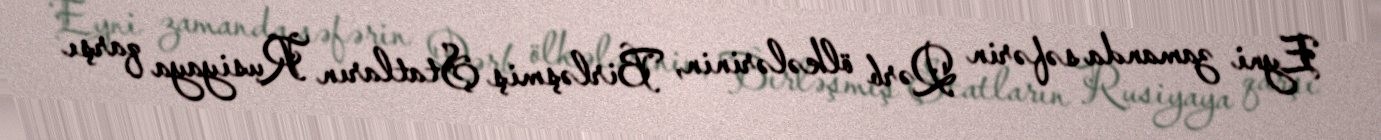
Eyni zamanda səfərin Qərb ölkələrinin, Birləşmiş Ştatların Rusiyaya qarşı